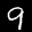
Label: 9